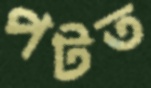
পটত